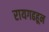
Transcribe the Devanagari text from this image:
रायगढहून